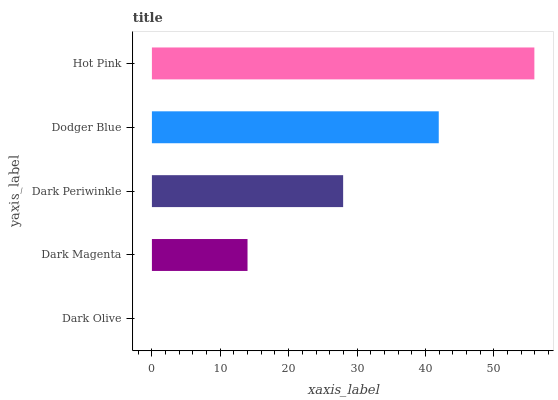
| yaxis_label | bars |
 | --- | --- |
 | Dark Olive | 0 |
 | Dark Magenta | 14 |
 | Dark Periwinkle | 28 |
 | Dodger Blue | 41.9 |
 | Hot Pink | 55.9 |